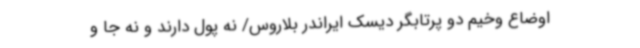
اوضاع وخیم دو پرتابگر دیسک ایراندر بلاروس/ نه پول دارند و نه جا و